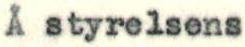
Å styrelsens